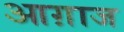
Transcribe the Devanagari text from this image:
आग़ाज